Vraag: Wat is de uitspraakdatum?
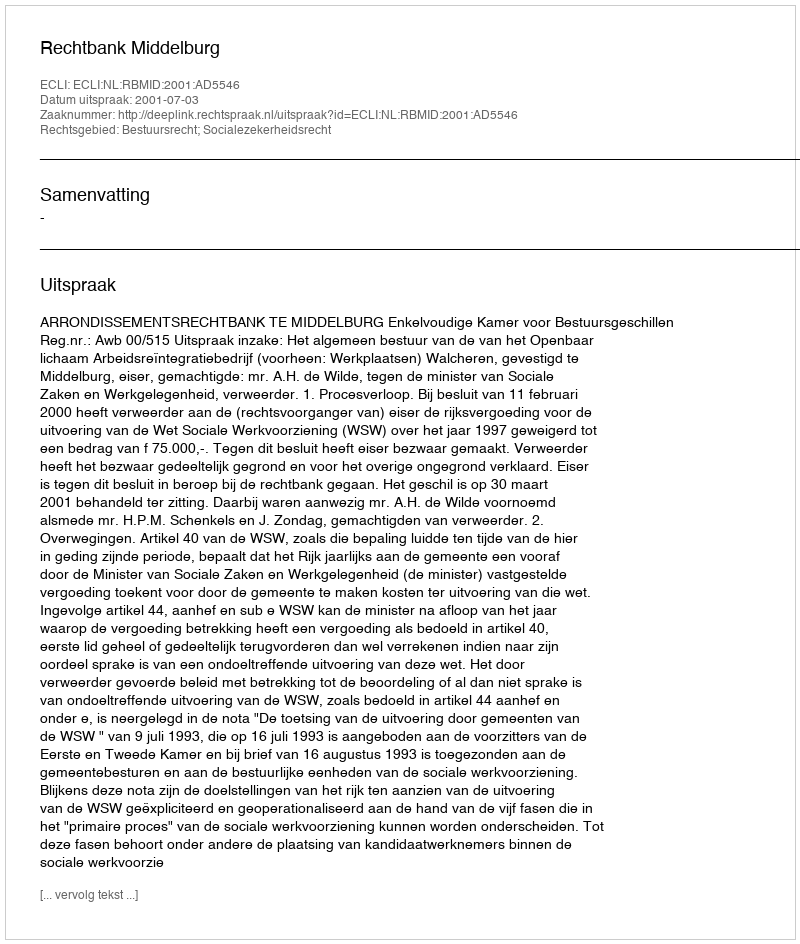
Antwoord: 2001-07-03